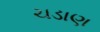
ચડાણ